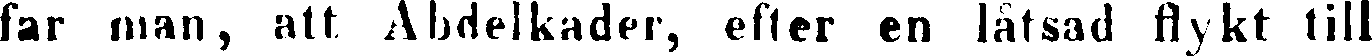
far man, att Abdelkader, efter en låtsad flykt till